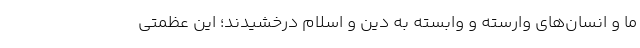
ما و انسان‌های وارسته و وابسته به دین و اسلام درخشیدند؛ این عظمتی